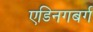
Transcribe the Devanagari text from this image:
एडिनगबर्ग